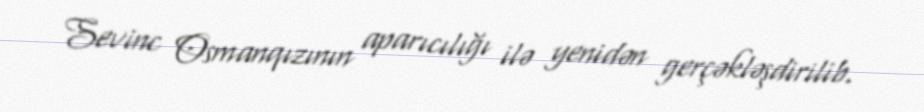
Sevinc Osmanqızının aparıcılığı ilə yenidən gerçəkləşdirilib.